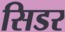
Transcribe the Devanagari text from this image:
सिडर